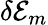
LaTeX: \delta\mathcal{E}_{m}